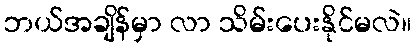
ဘယ်အချိန်မှာ လာ သိမ်းပေးနိုင်မလဲ။